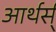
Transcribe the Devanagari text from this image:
आर्थर्स्